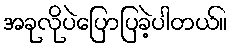
အခုလိုပဲပြောပြခဲ့ပါတယ်။